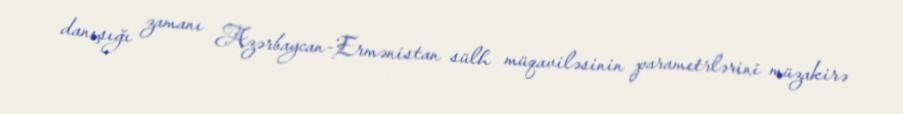
danışığı zamanı Azərbaycan-Ermənistan sülh müqaviləsinin parametrlərini müzakirə